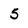
Character: 5